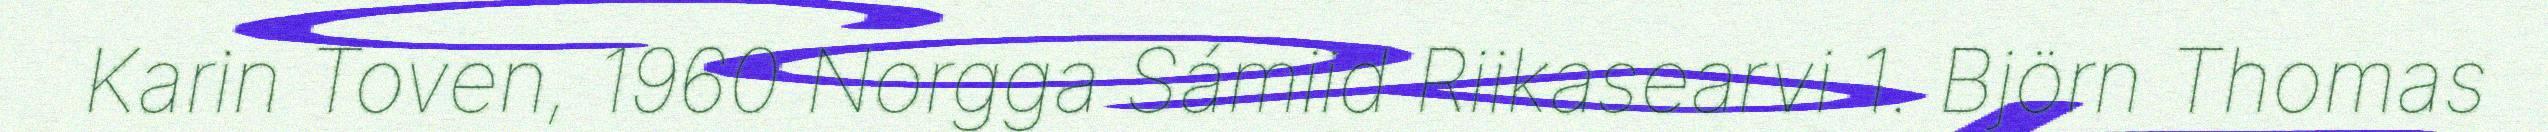
Karin Toven, 1960 Norgga Sámiid Riikasearvi 1. Björn Thomas